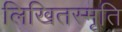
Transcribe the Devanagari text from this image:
लिखितस्मृति